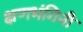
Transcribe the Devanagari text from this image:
क्षणभंगिनी